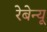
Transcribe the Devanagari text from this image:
रेबेन्यू